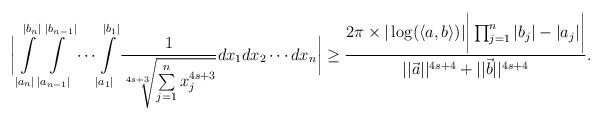
LaTeX: \begin{align*}\bigg|\int \limits_{|a_n|}^{|b_n|} \int \limits_{|a_{n-1}|}^{|b_{n-1}|}\cdots \int \limits_{|a_1|}^{|b_1|}\frac{1}{\sqrt[4s+3]{\sum \limits_{j=1}^{n}x^{4s+3}_j}}dx_1dx_2\cdots dx_n\bigg| \geq \frac{2\pi \times |\log (\langle a,b \rangle)|\bigg|\prod_{j=1}^{n}|b_j|-|a_j|\bigg|}{||\vec{a}||^{4s+4}+||\vec{b}||^{4s+4}}.\end{align*}